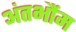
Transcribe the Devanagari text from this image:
अंतर्भौम